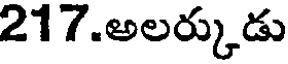
217.అలర్కుడు